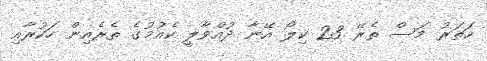
ހަތަރު މަސް ތެރޭ 23 ކިލޯ އޭނާ ދުއްވާލީ ކެއުމުގެ ތެރެއިން ހަކުރާއި